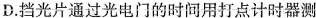
D.挡光片通过光电门的时间用打点计时器测